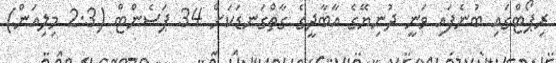
ރިޕޯޓްގައި ބުނެފައި ވަނީ ދުނިޔޭގެ އާބާދީގެ ގާތްގަނޑަކަށް 34 ޕަސެންޓް (2.3 މިލިއަން)